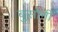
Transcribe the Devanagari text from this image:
बुसोनी